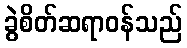
ခွဲစိတ်ဆရာဝန်သည်